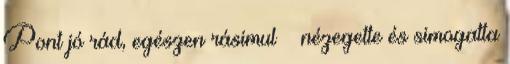
Pont jó rád, egészen rásimul – nézegette és simogatta